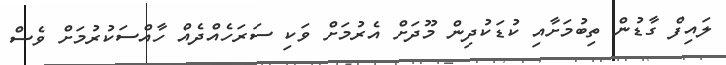
ލައިފް ގާޑުން ތިބުމަށާއި ކުޑަކުދިން މޫދަށް އެރުމަށް ވަކި ސަރަހެއްދެއް ހާއްސަކުރުމަށް ވެސް